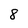
Character: 8